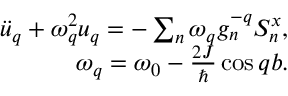
\begin{array} { r } { \ddot { u } _ { q } + \omega _ { q } ^ { 2 } u _ { q } = - \sum _ { n } \omega _ { q } g _ { n } ^ { - q } S _ { n } ^ { x } , } \\ { \omega _ { q } = \omega _ { 0 } - \frac { 2 J } { \hbar } \cos q b . } \end{array}